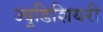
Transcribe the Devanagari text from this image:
ज्युडिशियरी